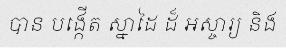
បាន បង្កើត ស្នាដៃ ដ៏ អស្ចារ្យ និង